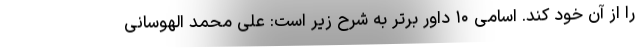
را از آن خود کند. اسامی ۱۰ داور برتر به شرح زیر است: علی محمد الهوسانی